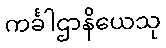
ကင်္ခါဌာနိယေသု